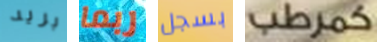
بريد ربما بسجل كمرطب